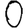
Digit: 0